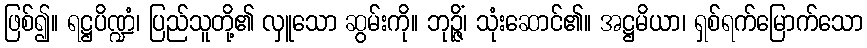
ဖြစ်၍။ ရဋ္ဌပိဏ္ဍံ၊ ပြည်သူတို့၏ လှူသော ဆွမ်းကို။ ဘုဉ္ဇိံ၊ သုံးဆောင်၏။ အဋ္ဌမိယာ၊ ရှစ်ရက်မြောက်သော